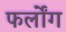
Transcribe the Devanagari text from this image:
फर्लोंग